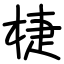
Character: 𣓉